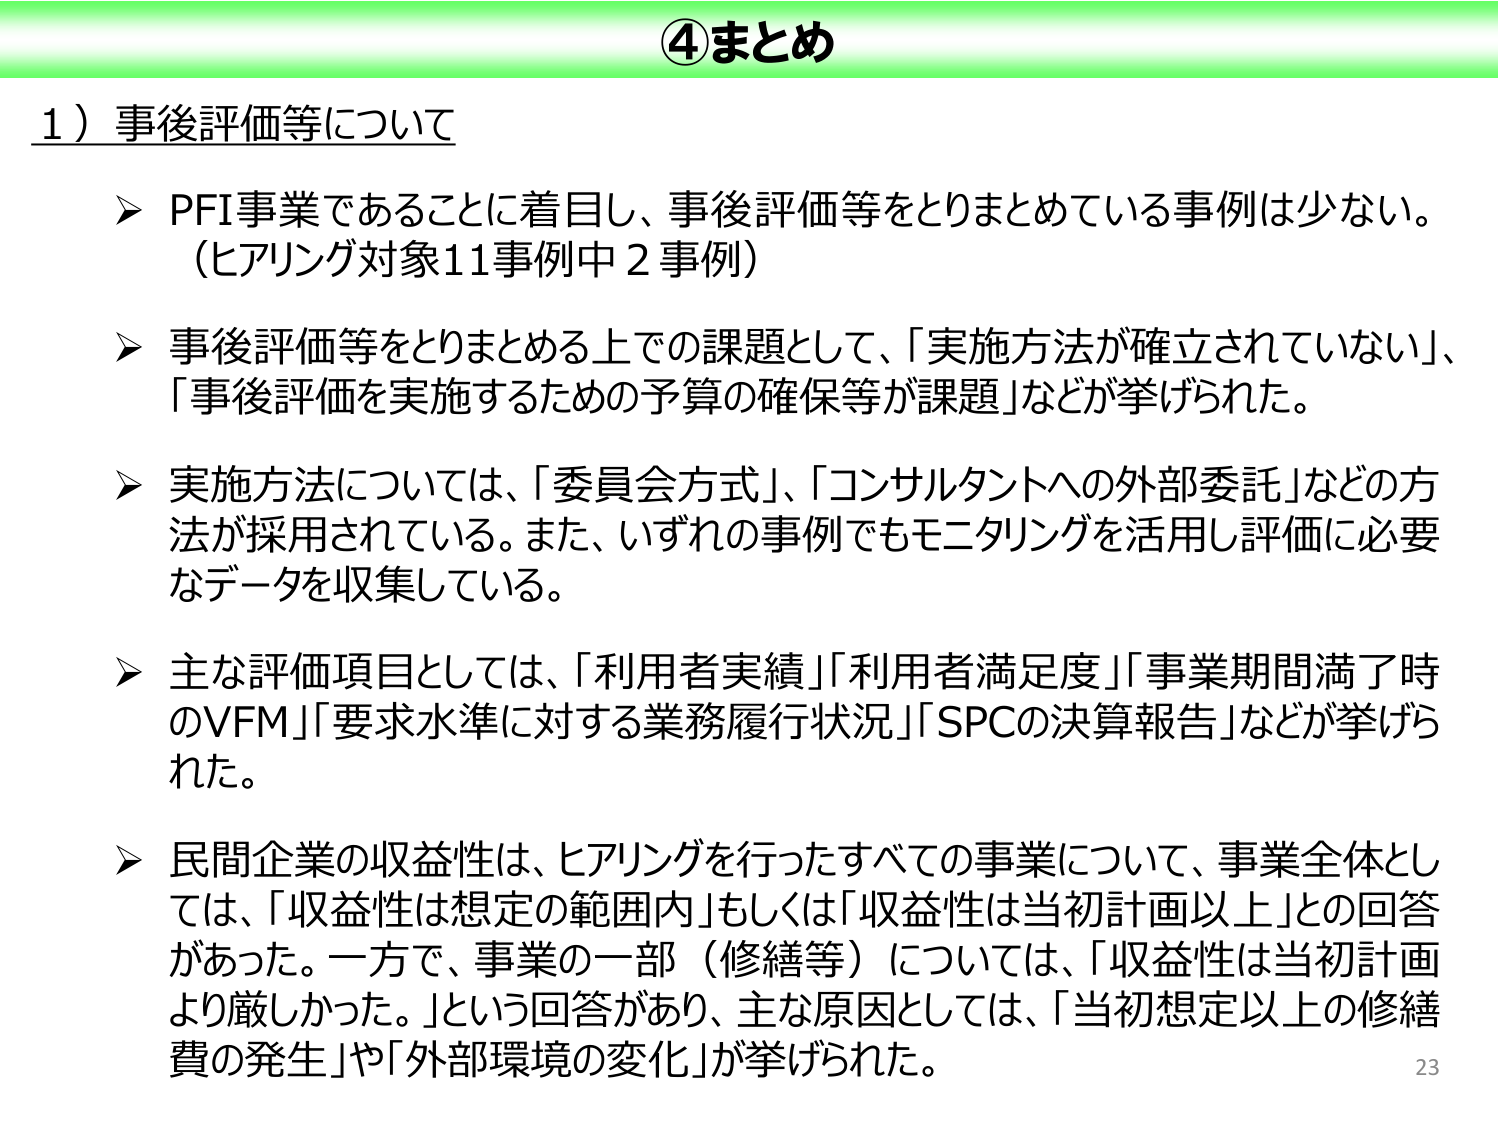
④まとめ

1）事後評価等について

➤ PFI事業であることに着目し、事後評価等をとりまとめている事例は少ない。
（ヒアリング対象11事例中2事例）

➤ 事後評価等をとりまとめる上での課題として、「実施方法が確立されていない」、
「事後評価を実施するための予算の確保等が課題」などが挙げられた。

➤ 実施方法については、「委員会方式」、「コンサルタントへの外部委託」などの方
法が採用されている。また、いずれの事例でもモニタリングを活用し評価に必要
なデータを収集している。

➤ 主な評価項目としては、「利用者実績」「利用者満足度」「事業期間満了時
のVFM」「要求水準に対する業務履行状況」「SPCの決算報告」などが挙げら
れた。

➤ 民間企業の収益性は、ヒアリングを行ったすべての事業について、事業全体とし
ては、「収益性は想定の範囲内」もしくは「収益性は当初計画以上」との回答
があった。一方で、事業の一部（修繕等）については、「収益性は当初計画
より厳しかった。」という回答があり、主な原因としては、「当初想定以上の修繕
費の発生」や「外部環境の変化」が挙げられた。

23